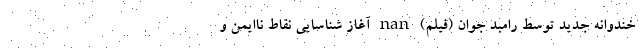
خندوانه جدید توسط رامبد جوان (فیلم) nan آغاز شناسایی نقاط ناایمن و